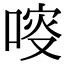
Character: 𠷃